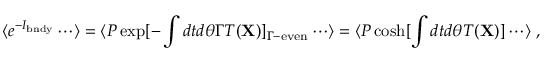
\langle e ^ { - I _ { \mathrm { b n d y } } } \cdots \rangle = \langle P \exp [ - \int d t d \theta \Gamma T ( { \bf X } ) ] _ { \Gamma - \mathrm { e v e n } } \cdots \rangle = \langle P \cosh [ \int d t d \theta T ( { \bf X } ) ] \cdots \rangle ~ ,